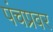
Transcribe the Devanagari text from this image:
पंचप्रवर